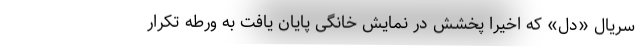
سریال «دل» که اخیراً پخشش در نمایش خانگی پایان یافت به ورطه تکرار